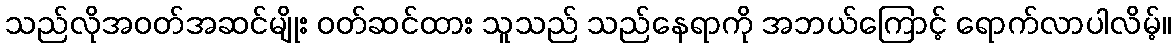
သည်လိုအဝတ်အဆင်မျိုး ဝတ်ဆင်ထား သူသည် သည်နေရာကို အဘယ်ကြောင့် ရောက်လာပါလိမ့်။